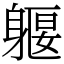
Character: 躽